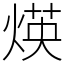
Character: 煐